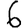
Digit: 6